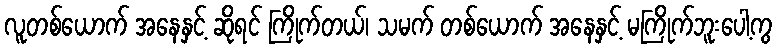
လူတစ်ယောက် အနေနှင့် ဆိုရင် ကြိုက်တယ်၊ သမက် တစ်ယောက် အနေနှင့် မကြိုက်ဘူးပေါ့ကွ